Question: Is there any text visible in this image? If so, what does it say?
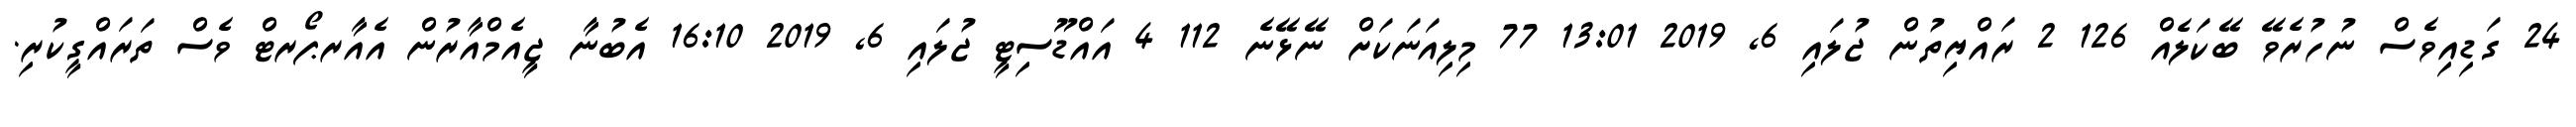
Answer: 24 ގަޑިއިވެސް ނުހުރެވޭ ބޭކަލެއް 126 2 ރައްޔިތުން ޖުލައި 6, 2019 13:01 77 މިލިއަނަކަށް ނޭޅޭނެ 112 4 އައްޑޫސިޓީ ޖުލައި 6, 2019 16:10 އެބުނާ ޖީއެމްއާރުން އެއާރޕޯރޓް ވެސް ތަރައްގީކުރި.